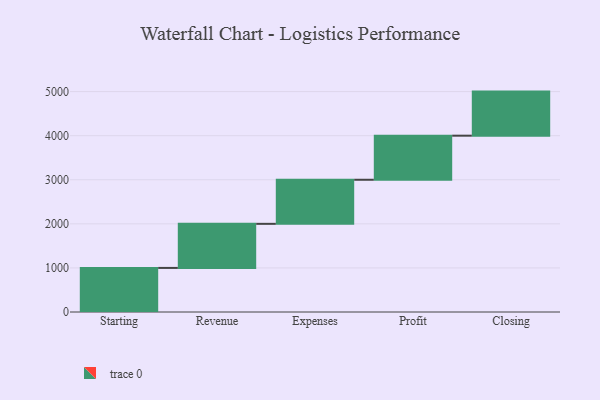
{"axis": {"x": "Step", "y": "Value"}, "legend": [""], "data": [{"x": "Starting", "y": 1000, "type": ""}, {"x": "Revenue", "y": 1000, "type": ""}, {"x": "Expenses", "y": 1000, "type": ""}, {"x": "Profit", "y": 1000, "type": ""}, {"x": "Closing", "y": 1000, "type": ""}]}